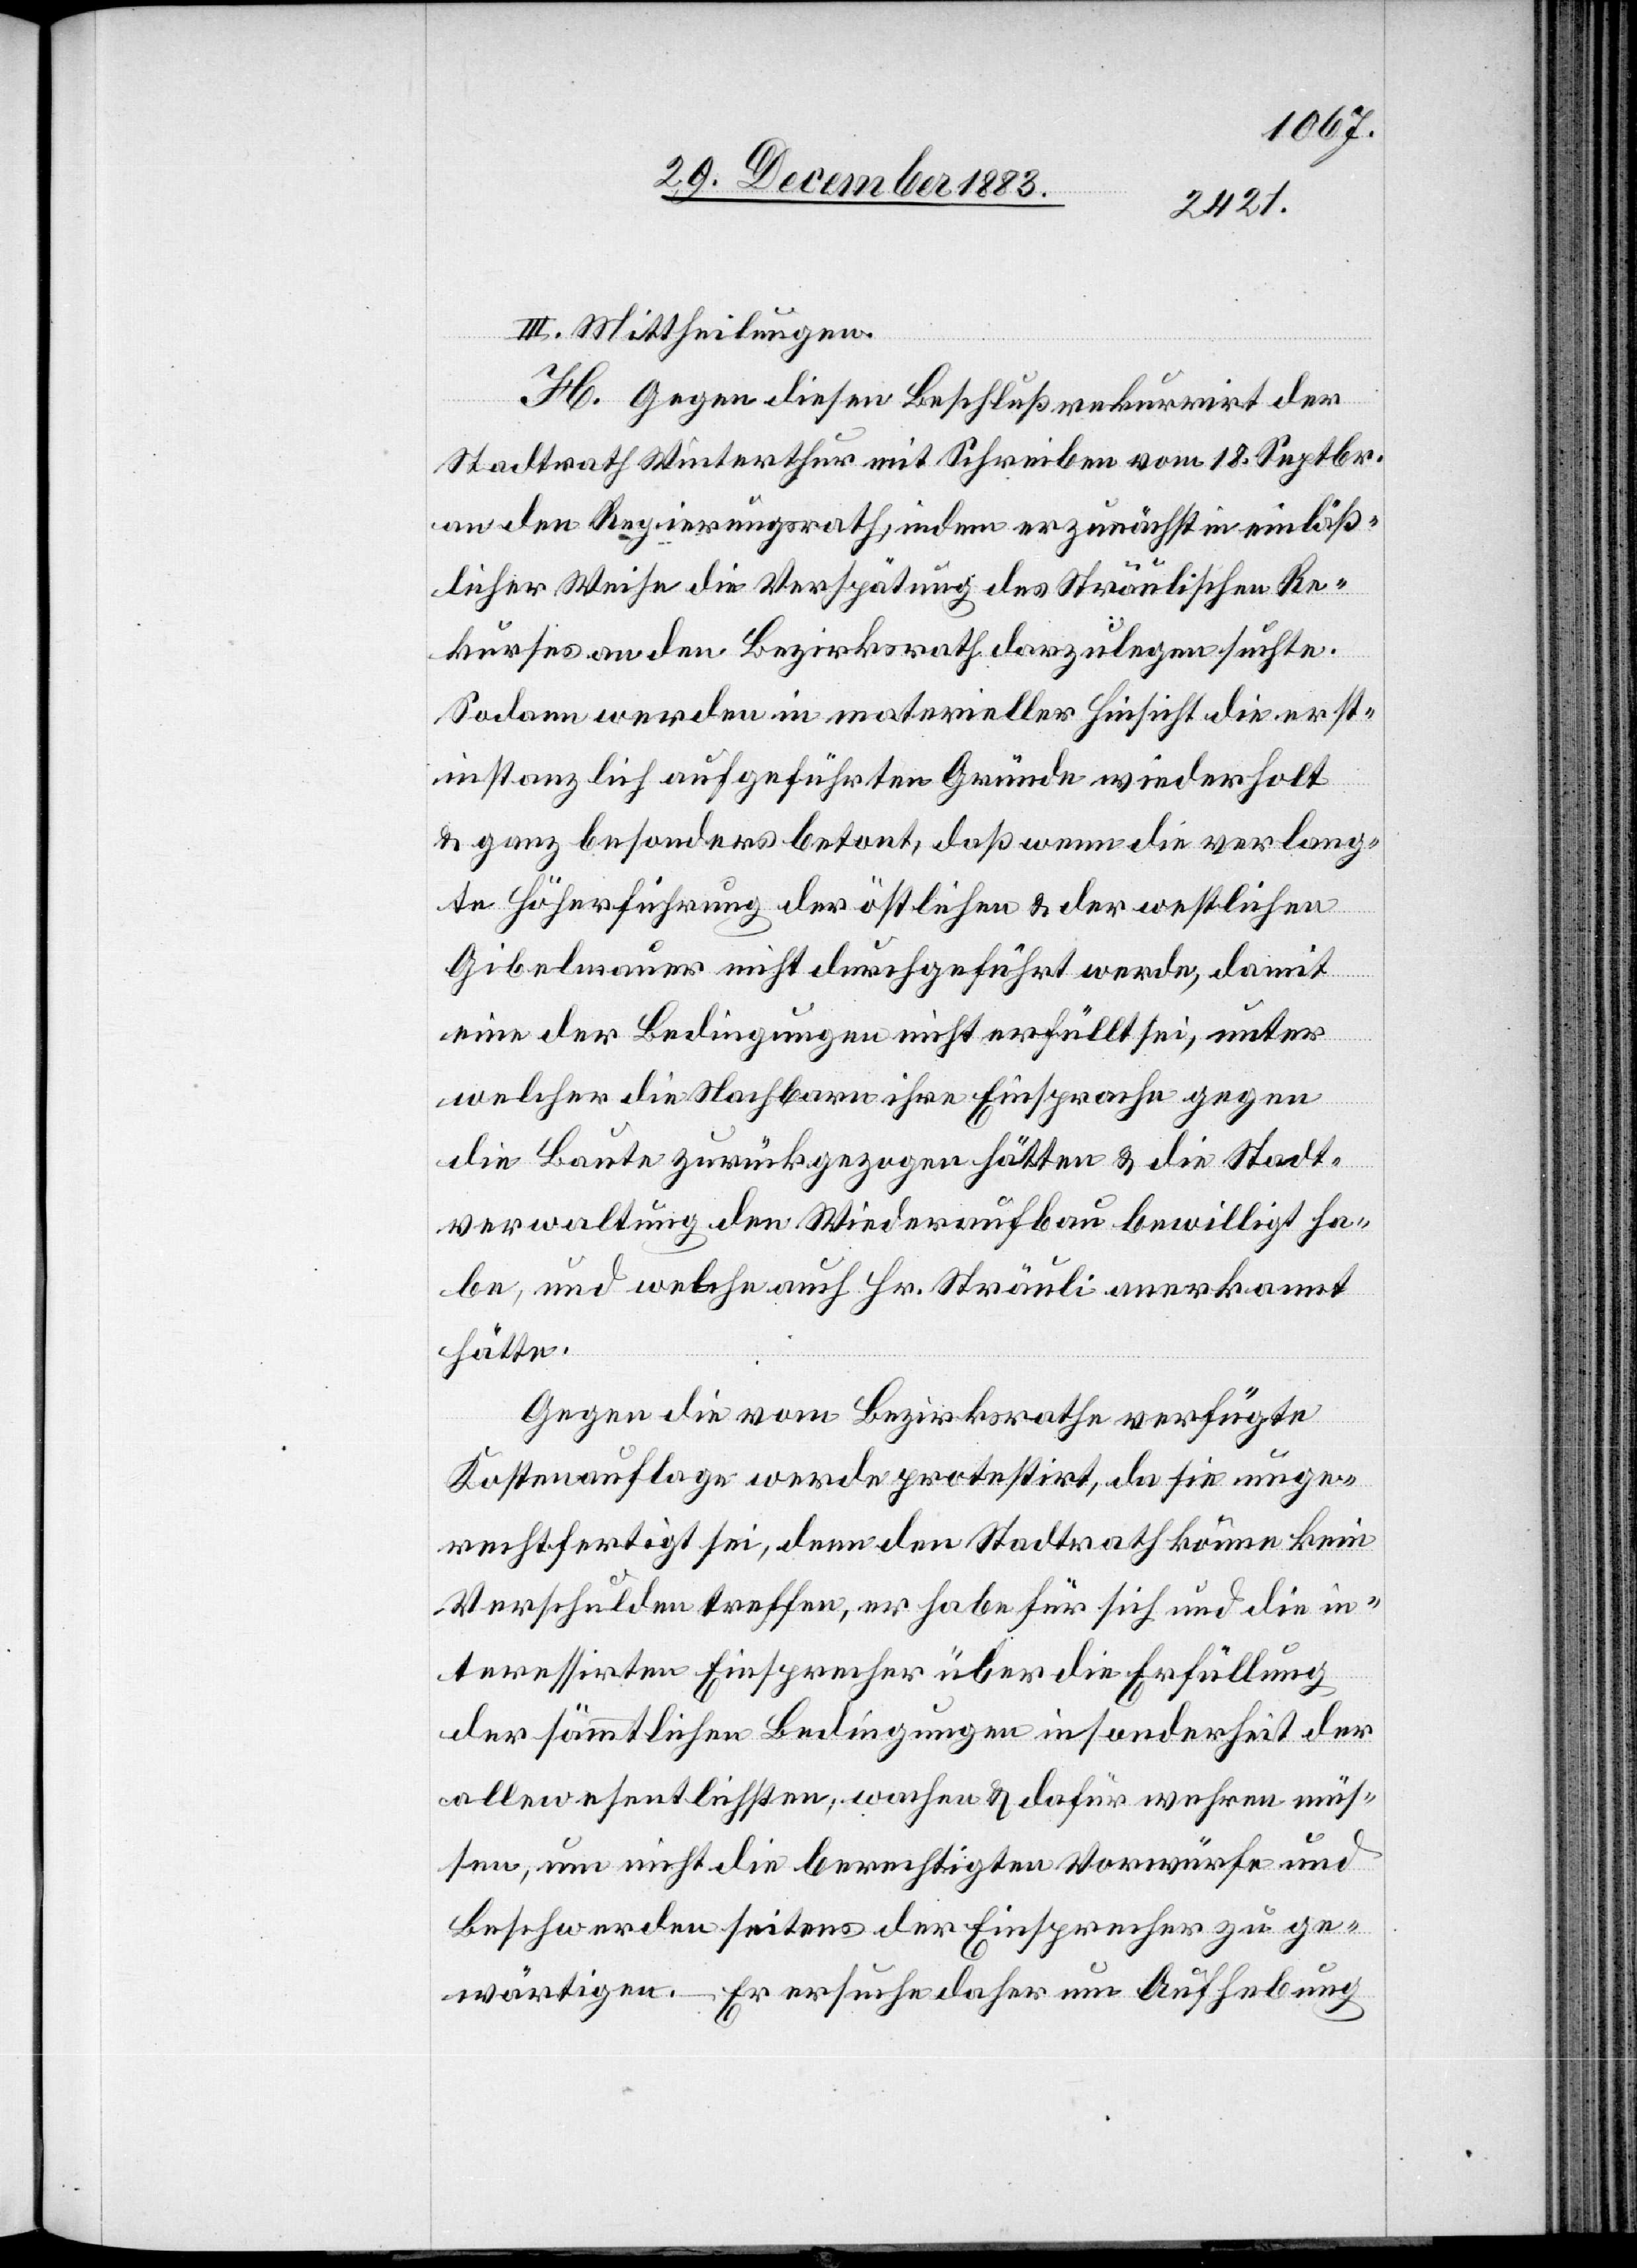
III. Mittheilungen.
H. Gegen diesen Beschluß rekurrirt der
Stadtrath Winterthur mit Schreiben vom 18. Septbr.
an den Regierungsrath, indem er zunächst in einläß¬
licher Weise die Verspätung des Sträulischen Re¬
kurses an den Bezirksrath darzulegen suchte.
Sodann werden in materieller Hinsicht die erst¬
instanzlich aufgeführten Gründe wiederholt
& ganz besonders betont, daß wenn die verlang¬
te Höherführung der östlichen & der westlichen
Gibelmauer nicht durchgeführt werde, damit
eine der Bedingungen nicht erfüllt sei, unter
welcher die Nachbarn ihre Einsprache gegen
die Baute zurückgezogen hätten & die Stadt¬
verwaltung den Wiederaufbau bewilligt ha¬
be, und welche auch Hr. Sträuli anerkannt
hätte.
Gegen die vom Bezirksrathe verfügte
Kostenauflage werde protestirt, da sie unge¬
rechtfertigt sei, denn den Stadtrath könne kein
Verschulden treffen, er habe für sich und die in¬
teressirten Einsprecher über die Erfüllung
der sämmtlichen Bedingungen in Sonderheit der
allewesentlichsten [sic!], wachen & dafür wehren müs¬
sen, um nicht die berechtigten Vorwürfe und
Beschwerden seitens der Einsprecher zu ge¬
wärtigen. – Er ersuche daher um Aufhebung